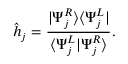
\hat { h } _ { j } = \frac { \vert \Psi _ { j } ^ { R } \rangle \langle \Psi _ { j } ^ { L } \vert } { \langle \Psi _ { j } ^ { L } \vert \Psi _ { j } ^ { R } \rangle } .